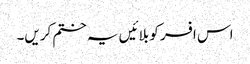
اس افسر کو بلائیں یہ ختم کریں۔